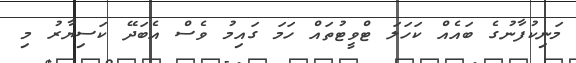
މަނިކުފާނުގެ ބައެއް ކަހަލަ ޓްވީޓުތައް ހަމަ ގައިމު ވެސް އެބަދޭ ކަސިޔާރު މި